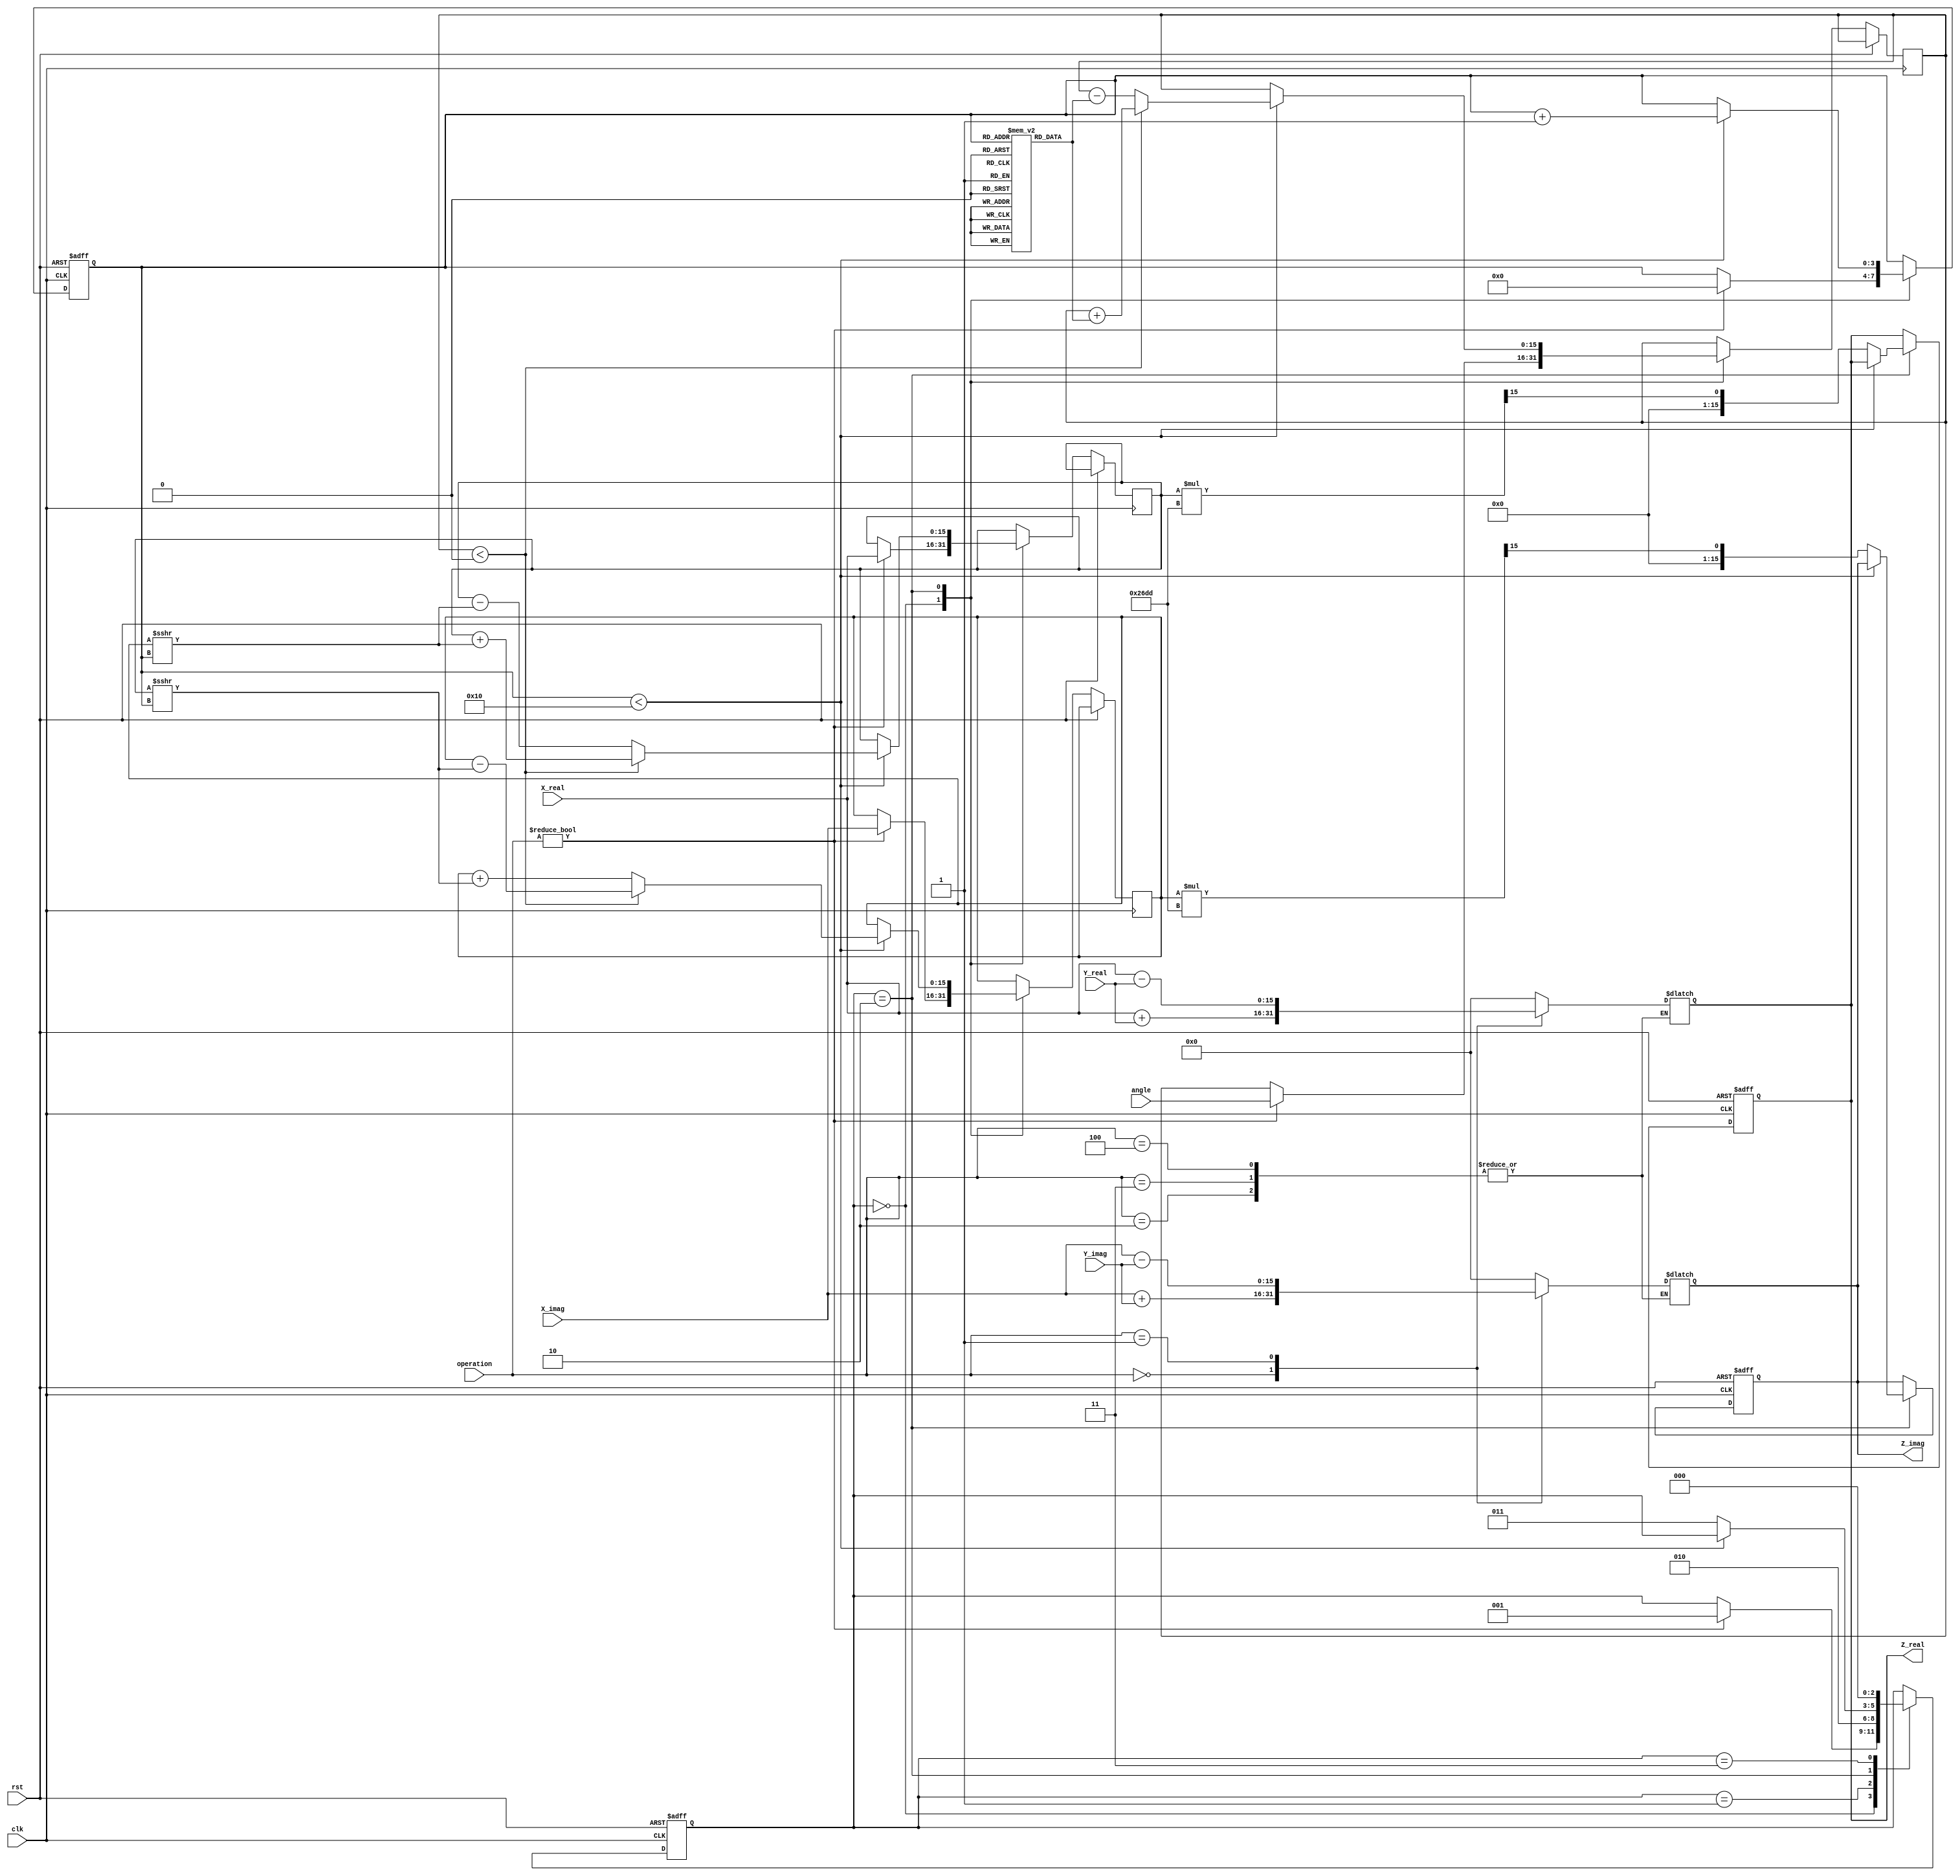
module complex_cordic (
    input wire signed [15:0] X_real,     // Real part of the first complex number
    input wire signed [15:0] X_imag,     // Imaginary part of the first complex number
    input wire signed [15:0] Y_real,     // Real part of the second complex number
    input wire signed [15:0] Y_imag,     // Imaginary part of the second complex number
    input wire [2:0] operation,          // Control signal for operation
    input wire signed [15:0] angle,       // Input angle for rotation operations
    input wire clk,                       // Clock signal
    input wire rst,                       // Reset signal
    output reg signed [15:0] Z_real,     // Real part of the result
    output reg signed [15:0] Z_imag       // Imaginary part of the result
);

    // Parameters for operations
    localparam ADD = 3'b000;
    localparam SUB = 3'b001;
    localparam MUL = 3'b010;
    localparam DIV = 3'b011;
    localparam ROT = 3'b100;

    // CORDIC constants
    parameter K = 16'h26DD; // Scaling factor (K = 1/sqrt(1 + 2^(-2n))) for n iterations

    // Internal signals
    reg signed [15:0] x, y, z; // CORDIC variables
    reg [3:0] i;               // Iteration counter
    reg [2:0] state;           // FSM state

    // FSM states
    localparam IDLE = 3'b000;
    localparam INIT = 3'b001;
    localparam CORDIC_ITER = 3'b010;
    localparam DONE = 3'b011;

    // CORDIC rotation angles (in fixed-point representation)
    reg signed [15:0] atan_table [0:15]; // Lookup table for arctangent values

    // Initialize arctangent values
    initial begin
        atan_table[0] = 16'h2000; // atan(2^0)
        atan_table[1] = 16'h1000; // atan(2^-1)
        atan_table[2] = 16'h0800; // atan(2^-2)
        atan_table[3] = 16'h0400; // atan(2^-3)
        atan_table[4] = 16'h0200; // atan(2^-4)
        atan_table[5] = 16'h0100; // atan(2^-5)
        atan_table[6] = 16'h0080; // atan(2^-6)
        atan_table[7] = 16'h0040; // atan(2^-7)
        atan_table[8] = 16'h0020; // atan(2^-8)
        atan_table[9] = 16'h0010; // atan(2^-9)
        atan_table[10] = 16'h0008; // atan(2^-10)
        atan_table[11] = 16'h0004; // atan(2^-11)
        atan_table[12] = 16'h0002; // atan(2^-12)
        atan_table[13] = 16'h0001; // atan(2^-13)
        atan_table[14] = 16'h0000; // atan(2^-14)
        atan_table[15] = 16'hFFFF; // atan(2^-15)
    end

    // FSM for CORDIC operations
    always @(posedge clk or posedge rst) begin
        if (rst) begin
            state <= IDLE;
            Z_real <= 0;
            Z_imag <= 0;
            i <= 0;
        end else begin
            case (state)
                IDLE: begin
                    if (operation != 3'b000) begin
                        // Initialize CORDIC variables
                        x <= X_real;
                        y <= X_imag;
                        z <= angle;
                        i <= 0;
                        state <= INIT;
                    end
                end
                INIT: begin
                    // Start CORDIC iterations
                    state <= CORDIC_ITER;
                end
                CORDIC_ITER: begin
                    if (i < 16) begin
                        // Perform CORDIC rotation
                        if (z < 0) begin
                            x <= x + (y >>> i);
                            y <= y - (x >>> i);
                            z <= z + atan_table[i];
                        end else begin
                            x <= x - (y >>> i);
                            y <= y + (x >>> i);
                            z <= z - atan_table[i];
                        end
                        i <= i + 1;
                    end else begin
                        // Apply scaling factor
                        Z_real <= x * K >>> 15; // Scale down by K
                        Z_imag <= y * K >>> 15; // Scale down by K
                        state <= DONE;
                    end
                end
                DONE: begin
                    // Wait for next operation
                    state <= IDLE;
                end
            endcase
        end
    end

    // Additional operations (Addition, Subtraction, Multiplication, Division)
    always @(*) begin
        case (operation)
            ADD: begin
                Z_real = X_real + Y_real;
                Z_imag = X_imag + Y_imag;
            end
            SUB: begin
                Z_real = X_real - Y_real;
                Z_imag = X_imag - Y_imag;
            end
            MUL: begin
                // Call CORDIC for multiplication
                // (This would typically be handled in the CORDIC state machine)
            end
            DIV: begin
                // Call CORDIC for division
                // (This would typically be handled in the CORDIC state machine)
            end
            ROT: begin
                // Call CORDIC for rotation
                // (This would typically be handled in the CORDIC state machine)
            end
            default: begin
                Z_real = 0;
                Z_imag = 0;
            end
        endcase
    end

endmodule